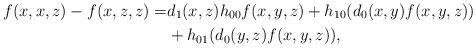
LaTeX: \begin{align*}f(x,x,z)-f(x,z,z)=&d_1(x,z) h_{00} f(x,y,z) + h_{10}(d_0(x,y)f(x,y,z))\\ &+ h_{01}(d_0(y,z)f(x,y,z)),\end{align*}